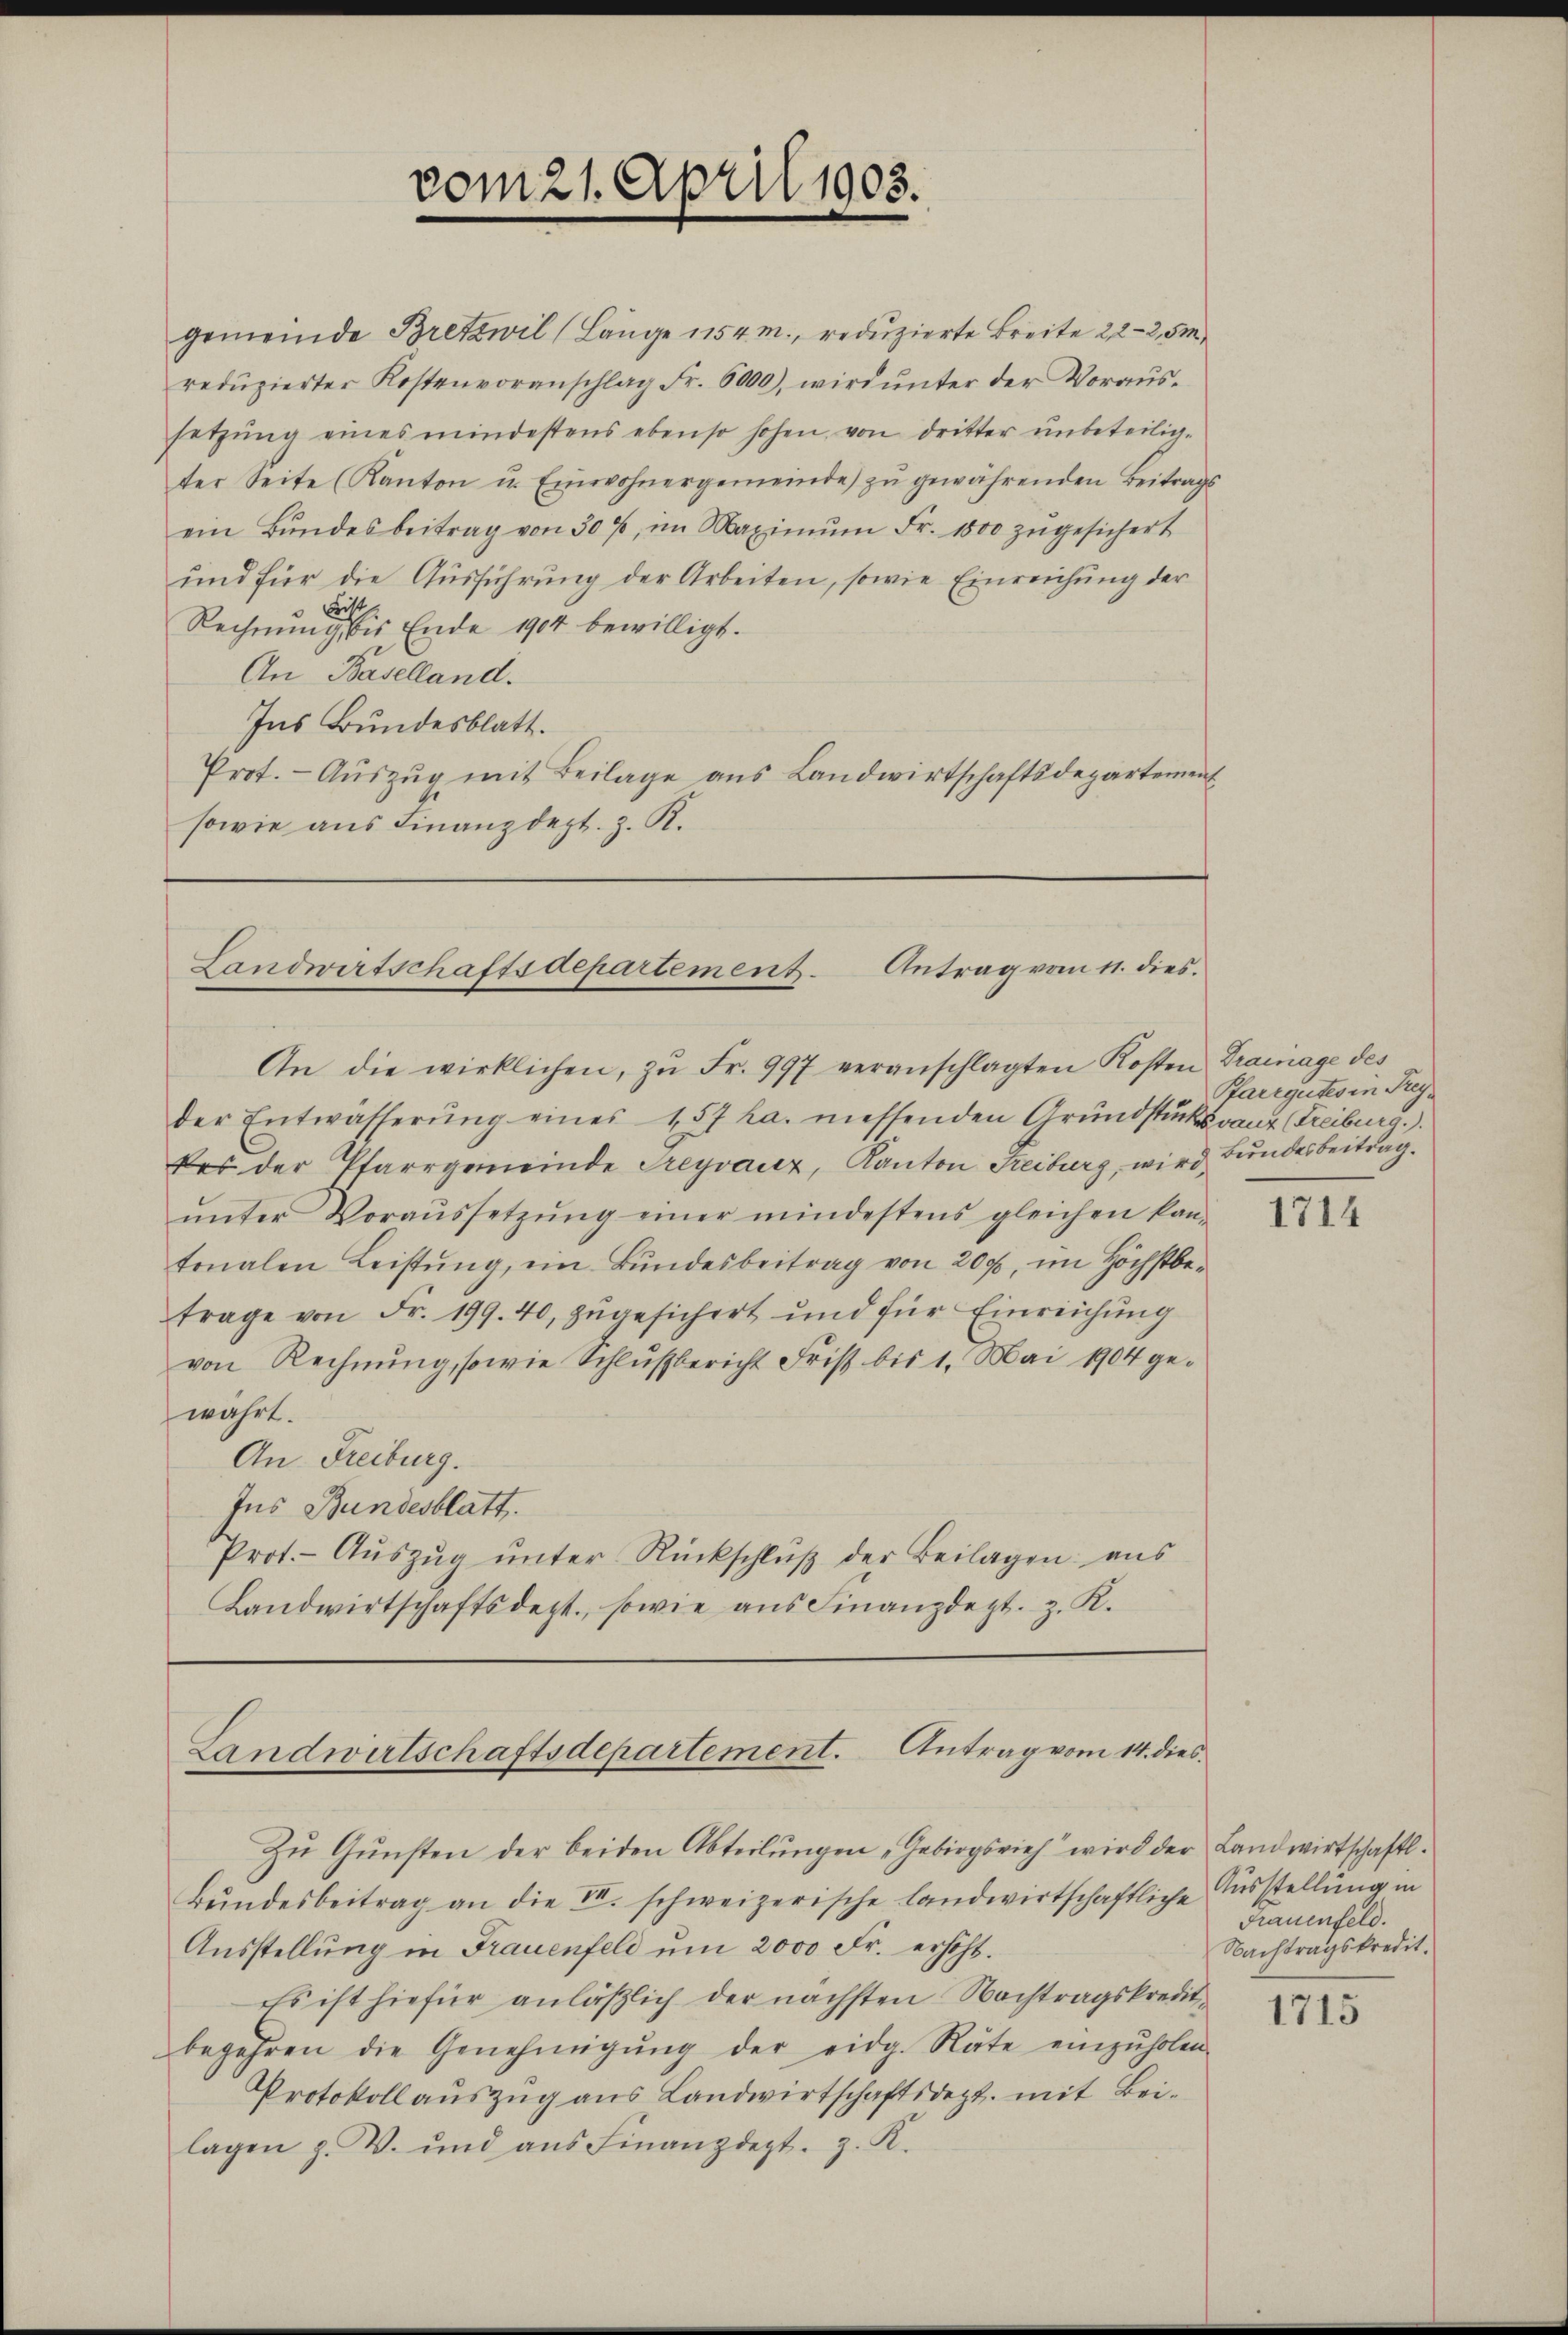
vom 21. April 1903.

gemeinde Bretzwil (Länge 154 m., reduzierte Breite 22-2,5m
redŭzierter Kostenvoranschlag Fr. 6000), wird ŭnter der Voraŭs-
setzŭng eines mindestens ebenso hohen von dritter unbeteilig-
ter Seite (Kanton u. Einwohnergemeinde zŭ gewährenden Beitrags
ein Bŭndesbeitrag von 30 %, im Maximŭm Fr. 1800 zŭgesichert
und für die Ausführung der Arbeiten, sowie Einreichung der
Fist
Rechnung bis Ende 1904 bewilligt.
An Baselland.
Ins Bundesblatt.
Prot. Aŭszŭg mit Beilage aus Landwirtschaftsdepartement
sowie aus Finanzdept. z. K.

Landwirtschaftsdepartement. Antrag vom 11. dies

An die wirklichen, zŭ Fr. 997 veranschlagten Kosten Trainage des
der Entwässerŭng eines 157 ha. messenden Grundstücksrang (Freiburg.)
kes der Pfarrgemeinde Treyvauz, Kanton Freiburg, wird Bundesbeitrag.
ŭnter Voraussetzŭng einer mindestens gleichen kan-
tonalen Leistŭng, ein Bundesbeitrag von 200, im Höchstbetrage von Fr. 199.40, zugesichert und für Einreichung
von Rechnung, sowie Schlußbericht Frist bis 1. Mai 1904 gewährt.
An Freiburg.
Ins Bundesblatt.
Prot.- Aŭszŭg ŭnter Rückschlŭβ der Beilagen aŭs
Landwirtschaftsdept., sowie ans Finanzdept. z. K.

Landwirtschaftsdepartement. Antrag vom 14. dies

Zŭ Gŭnsten der beiden Abteilŭngen „Gebirgsvieh wird der Landwirtschaftl.
Bundesbeitrag an die II. schweizerische landwirtschaftliche Ausstellung in
Ausstellung in Frauenfeld um 2000 Fr. erhöht.
Es ist hiefür anläßlich der nächsten Nachtragskreditbegehren die Genehmigŭng der eidg. Räte einzŭholen
Protokoll auszug aus Landwirtschaftsdezt. mit Beilagen z. V. und aus Finanzdept. z. K.

Pfarrgutes in Frey¬

1714

Frauenfeld.
Nachtragskredit.

1715